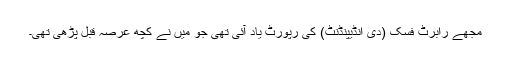
مجھے رابرٹ فسک (دی انڈیپنڈنٹ) کی رپورٹ یاد آئی تھی جو میں نے کچھ عرصہ قبل پڑھی تھی۔